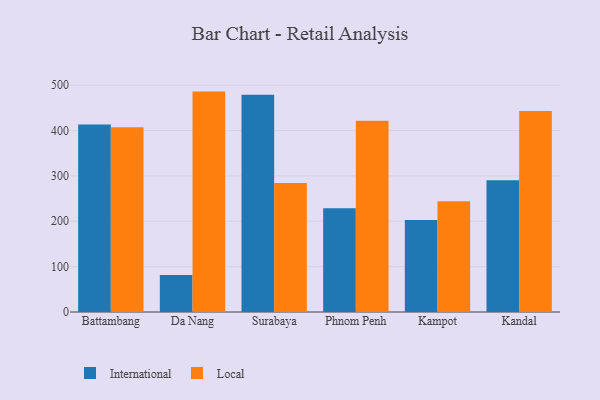
{"axis": {"x": "City", "y": "Customer Acquisition Cost (USD)"}, "legend": ["International", "Local"], "data": [{"x": "Battambang", "y": 413.4, "type": "International"}, {"x": "Battambang", "y": 407.2, "type": "Local"}, {"x": "Da Nang", "y": 81.8, "type": "International"}, {"x": "Da Nang", "y": 485.9, "type": "Local"}, {"x": "Surabaya", "y": 478.8, "type": "International"}, {"x": "Surabaya", "y": 284.3, "type": "Local"}, {"x": "Phnom Penh", "y": 228.8, "type": "International"}, {"x": "Phnom Penh", "y": 421.9, "type": "Local"}, {"x": "Kampot", "y": 203.1, "type": "International"}, {"x": "Kampot", "y": 244.0, "type": "Local"}, {"x": "Kandal", "y": 290.5, "type": "International"}, {"x": "Kandal", "y": 443.3, "type": "Local"}]}